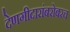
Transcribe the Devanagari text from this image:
देणगीदारांबरोबरच